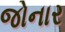
જોનાર